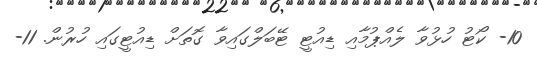
10- ކޯޓު ހުޅުވާ ލެއްޕުމާއި ޑިއުޓީ ޓޭބަލްގައިވާ ގޮތަށް ޑިއުޓީގައި ހުރުން. 11-